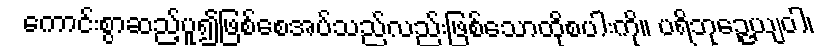
ကောင်းစွာဆည့်ပူ၍ဖြစ်စေအပ်သည်လည်းဖြစ်သောထိုစပါးကို။ ပရိဘုဉ္ဇေယျဝါ၊